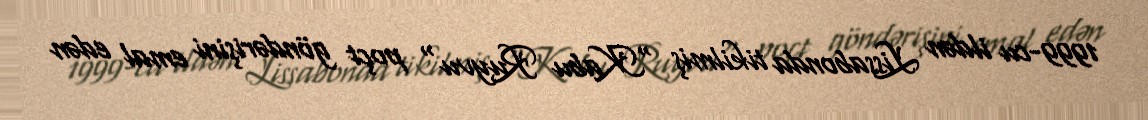
1999-cu ildən Lissabonda tikilmiş "Kabu Ruyvu" poçt göndərişini emal edən